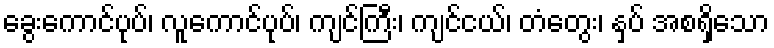
ခွေးကောင်ပုပ်၊ လူကောင်ပုပ်၊ ကျင်ကြီး၊ ကျင်ငယ်၊ တံတွေး၊ နှပ် အစရှိသော